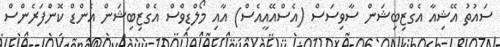
ސައުތު އޭޝިއާ އެގްޒިބިޝަން ސާވިސަސް (އެސްއޭއީއެސް) އާއި މޯލްޑިވްސް އެގްޒިބިޝަން އެންޑް ކޮންފަރެންސް